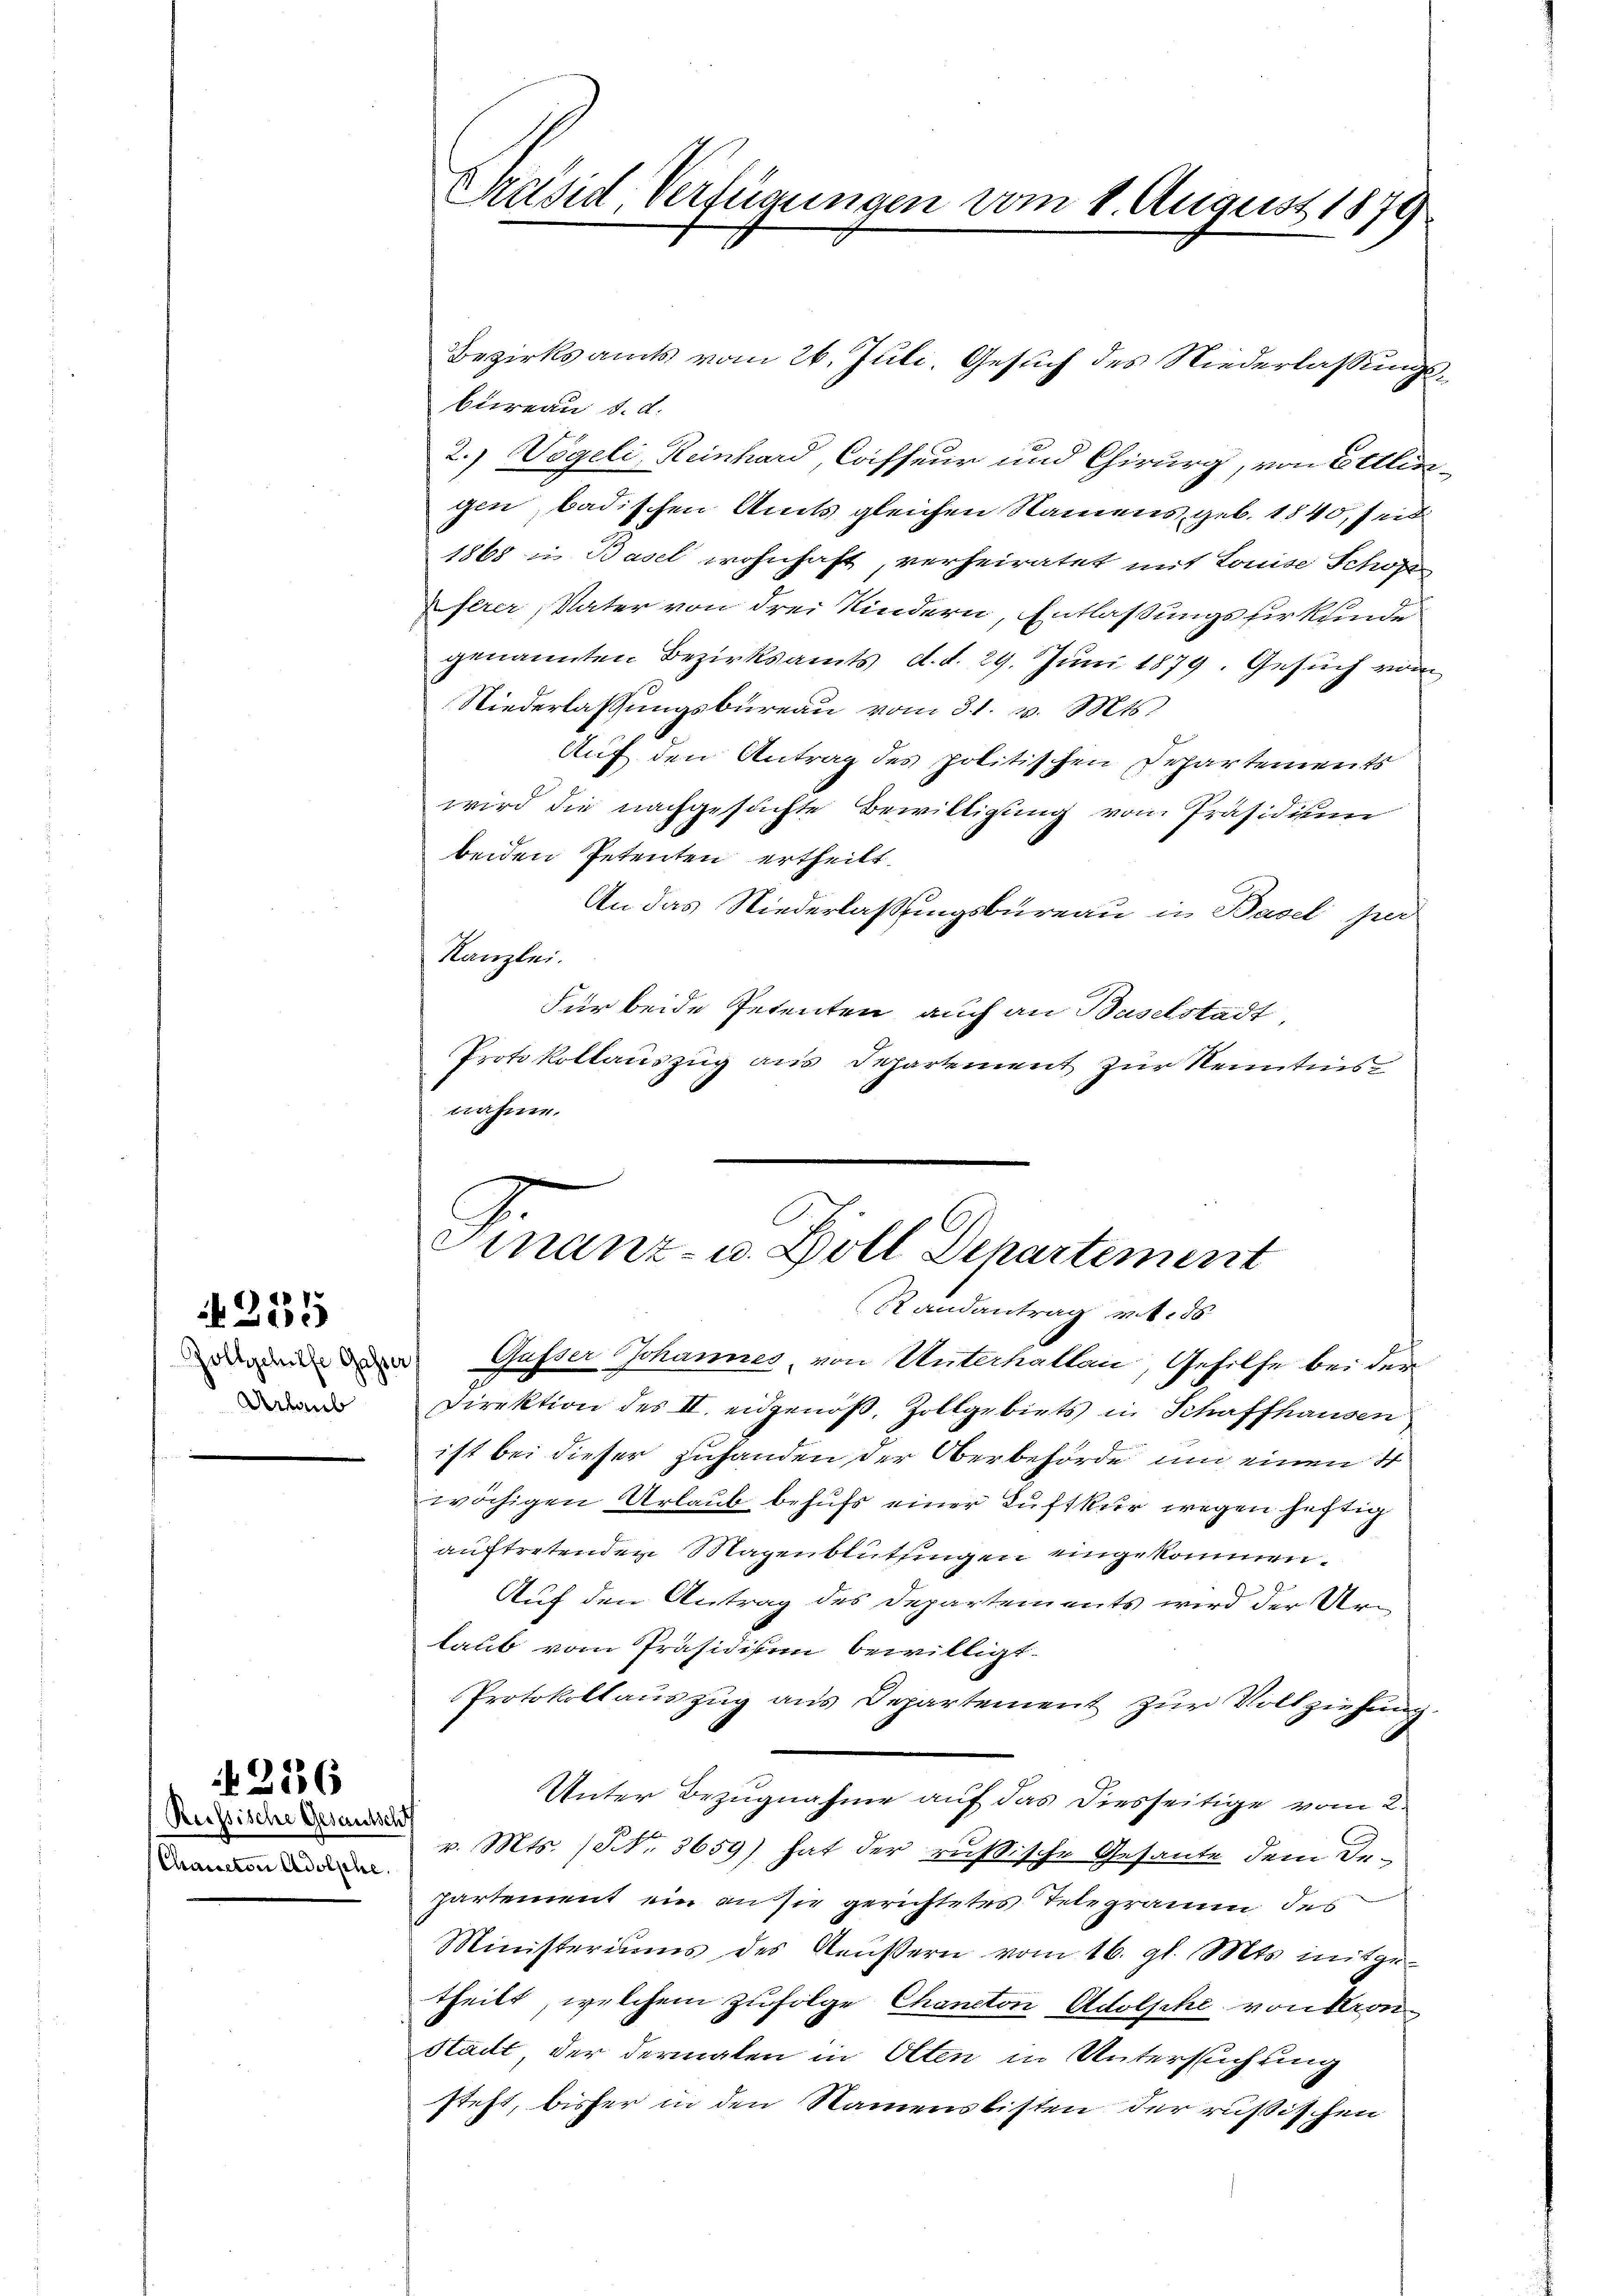
255

Urlaub

236

Reissische Gesandsch
Chaucton Adolphe.

Bezirksamts vom 26. Juli, Gesuch des Niederlassungsbüreau d. d.
2.) Vögeli, Reinhard, Coiffeur und Chirurg, von Bellingen, badischen Amts gleichen Namens, geb. 1840, seit
1868 in Basel wohnhaft, verheiratet mit Louise Schönen
ferer, Vater von drei Kindern, Entlaßungsfirkunde
genannten Bezirksamts, d. d. 29. Juni 1879. Gesuch vom
Niederlassungsbureau vom 31. v. Mts.
Auf den Antrag des politischen Departements
wird die nachgesuchte Bewilligung vom Präsidium
beiden Petenten ertheilt.
An das Niederlaßungsbureau in Basel per
Kanzlei.
Für beide Petenten, auch an Baselstadt
Protokollauszug aus Departement zur Kenntnis
nahme.

Präsid Verfügungen vom 1. August 1879

Finanz- u. Goll Departement
Randantrag v. 18
 Gusser Schannes, von Unterhallau, Gehilfe bei der

Direktion des II. eidgenöβ, Zollgebiets in Schaffhausen
ist bei dieser Zuhanden der Oberbehörde um einen 4
wöchigen Urlaub behufs einer Luftkur wegen heftig
auftretender Magenblüthingen eingekommen.
Auf den Antrag des Departements wird der Urlaub vom Präsidisen bewilligt.
Protokollaŭszŭg ans Departement zŭr Vollziehŭng.
Unter Bezugnahme auf das Diesseitige vom 2.
v. Mts. (Nr. 3659) hat der rußische Gesante dem De-
partement ein an sie gerichtetes Telegrau des
Ministeriums des Reŭβern vom 16. gl. Mts. mitge-
theilt, welchem zufolge Chaneton Adolphe, von Stron
Stadt, der dermalen in Olten in Untersuchung
steht, bisher in den Namenslisten der russischen